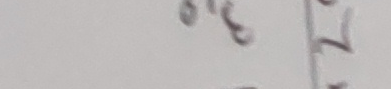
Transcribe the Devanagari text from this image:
भ
७
२